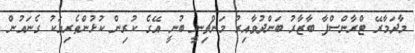
މާދަމާރޭ ޓްރާންސްފާ ބާޒާރު ބަންދުވާއިރު މަންޗިނީ ބުނީ އޭގެ ކުރިން ކުޅުންތެރިއަކު ގެނައުން